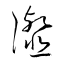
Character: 瀣